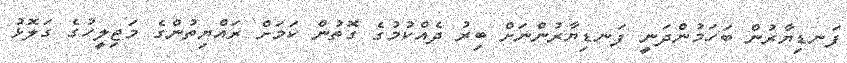
ފަނޑިޔާރުން ބަހަމުންދަނީ ފަނޑިޔާރުންނަށް ބިރު ދެއްކުމުގެ ގޮތުން ކަމަށް ރައްޔިތުންގެ މަޖިލީހުގެ ގަލޮޅު